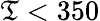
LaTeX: \mathfrak{T}<350